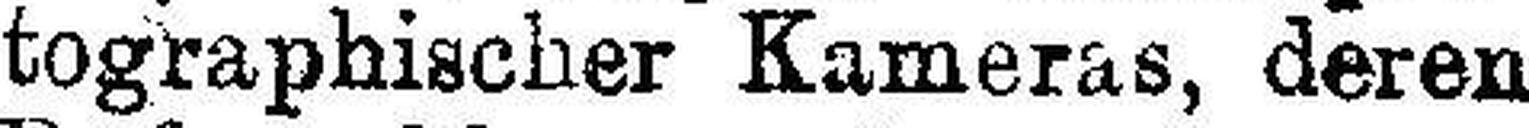
tographischer Kameras, deren